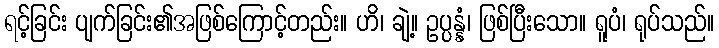
ရင့်ခြင်း ပျက်ခြင်း၏အဖြစ်ကြောင့်တည်း။ ဟိ၊ ချဲ့။ ဥပ္ပန္နံ၊ ဖြစ်ပြီးသော။ ရူပံ၊ ရုပ်သည်။